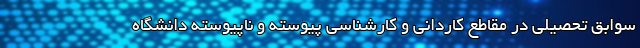
سوابق تحصیلی در مقاطع کاردانی و کارشناسی پیوسته و ناپیوسته دانشگاه